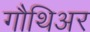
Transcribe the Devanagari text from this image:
गौथिअर